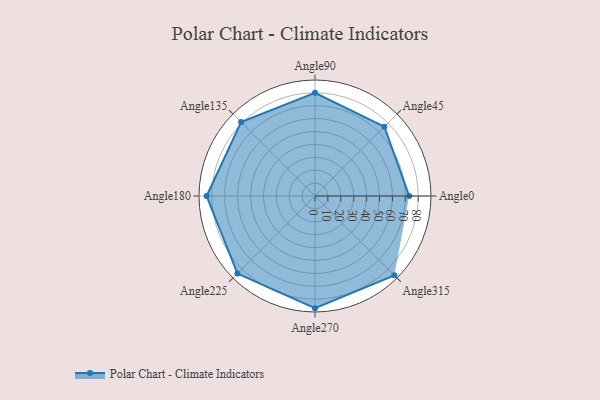
{"axis": {"x": "Angle", "y": "Radius"}, "legend": [""], "data": [{"x": "Angle0", "y": 73.0, "type": ""}, {"x": "Angle45", "y": 76.0, "type": ""}, {"x": "Angle90", "y": 80.0, "type": ""}, {"x": "Angle135", "y": 81.0, "type": ""}, {"x": "Angle180", "y": 84.0, "type": ""}, {"x": "Angle225", "y": 85.0, "type": ""}, {"x": "Angle270", "y": 87.0, "type": ""}, {"x": "Angle315", "y": 87.0, "type": ""}]}